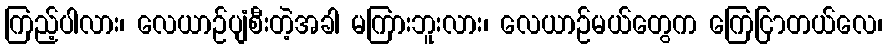
ကြည့်ပါလား၊ လေယာဉ်ပျံစီးတဲ့အခါ မကြားဘူးလား၊ လေယာဉ်မယ်တွေက ကြေငြာတယ်လေ၊